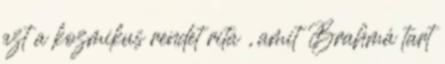
azt a kozmikus rendet rita , amit Brahmá tart